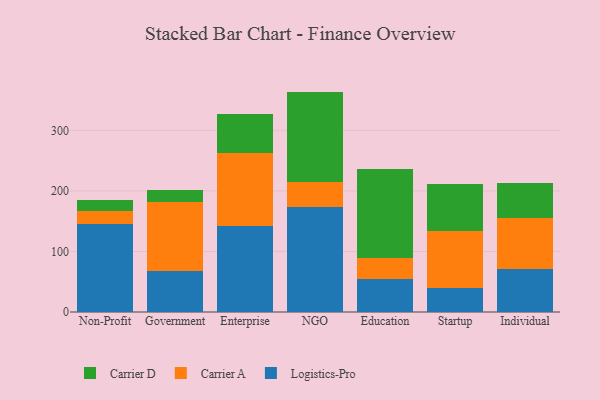
{"axis": {"x": "Segment", "y": "Shipments"}, "legend": ["Carrier A", "Carrier D", "Logistics-Pro"], "data": [{"x": "Non-Profit", "y": 145.6, "type": "Logistics-Pro"}, {"x": "Non-Profit", "y": 21.7, "type": "Carrier A"}, {"x": "Non-Profit", "y": 18.1, "type": "Carrier D"}, {"x": "Government", "y": 68.5, "type": "Logistics-Pro"}, {"x": "Government", "y": 113.2, "type": "Carrier A"}, {"x": "Government", "y": 20.6, "type": "Carrier D"}, {"x": "Enterprise", "y": 142.4, "type": "Logistics-Pro"}, {"x": "Enterprise", "y": 120.5, "type": "Carrier A"}, {"x": "Enterprise", "y": 63.4, "type": "Carrier D"}, {"x": "NGO", "y": 172.6, "type": "Logistics-Pro"}, {"x": "NGO", "y": 42.5, "type": "Carrier A"}, {"x": "NGO", "y": 148.9, "type": "Carrier D"}, {"x": "Education", "y": 55.3, "type": "Logistics-Pro"}, {"x": "Education", "y": 33.7, "type": "Carrier A"}, {"x": "Education", "y": 147.6, "type": "Carrier D"}, {"x": "Startup", "y": 39.2, "type": "Logistics-Pro"}, {"x": "Startup", "y": 95.3, "type": "Carrier A"}, {"x": "Startup", "y": 77.4, "type": "Carrier D"}, {"x": "Individual", "y": 70.3, "type": "Logistics-Pro"}, {"x": "Individual", "y": 85.1, "type": "Carrier A"}, {"x": "Individual", "y": 57.5, "type": "Carrier D"}]}